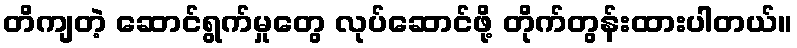
တိကျတဲ့ ဆောင်ရွက်မှုတွေ လုပ်ဆောင်ဖို့ တိုက်တွန်းထားပါတယ်။